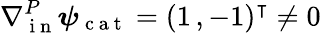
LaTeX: \nabla{}_{\mathrm{~i~n~}}^{P}\boldsymbol\psi_{\mathrm{~c~a~t~}}=(1\, ,-1)^{\intercal}\neq 0